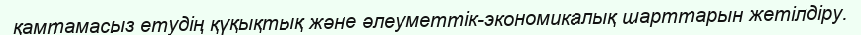
қамтамасыз етудің қүқықтық және әлеуметтік-экономикалық шарттарын жетілдіру.